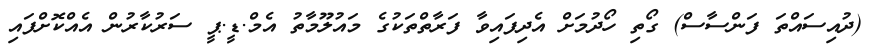
(ދުއިސައްތަ ފަންސާސް) ގޯތި ހޯދުމަށް އެދިފައިވާ ފަރާތްތަކުގެ މައުލޫމާތު އެމް.ޑީ.ޕީ ސަރުކާރުން އެއްކޮށްފައި